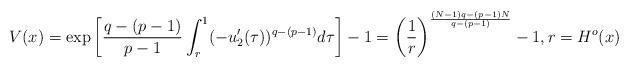
LaTeX: \begin{align*} V(x)=\exp\left[ \frac{q-(p-1)}{p-1}\int_{r}^{1} (-u_{2}'(\tau))^{q-(p-1)} d\tau \right] -1= \left(\frac{1}{r}\right)^{\frac{(N-1)q-(p-1)N}{q-(p-1)}}-1,r=H^{o}(x)\end{align*}